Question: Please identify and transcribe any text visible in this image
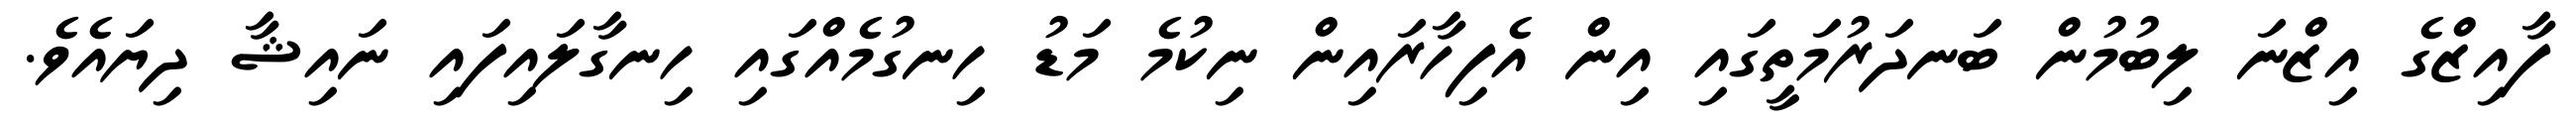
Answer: ފާއިޒްގެ އިޒްނަ ލިބުމުން ބަނދަރުމަތީގައި އިން އެފިހާރައިން ނިކުމެ މަޑު ހިނގުމެއްގައި ހިނގާލައިފައި ނައިޝާ ދިޔައެވެ.